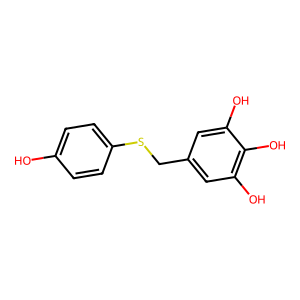
SMILES: Oc1ccc(SCc2cc(O)c(O)c(O)c2)cc1
Inhibits HIV replication: No